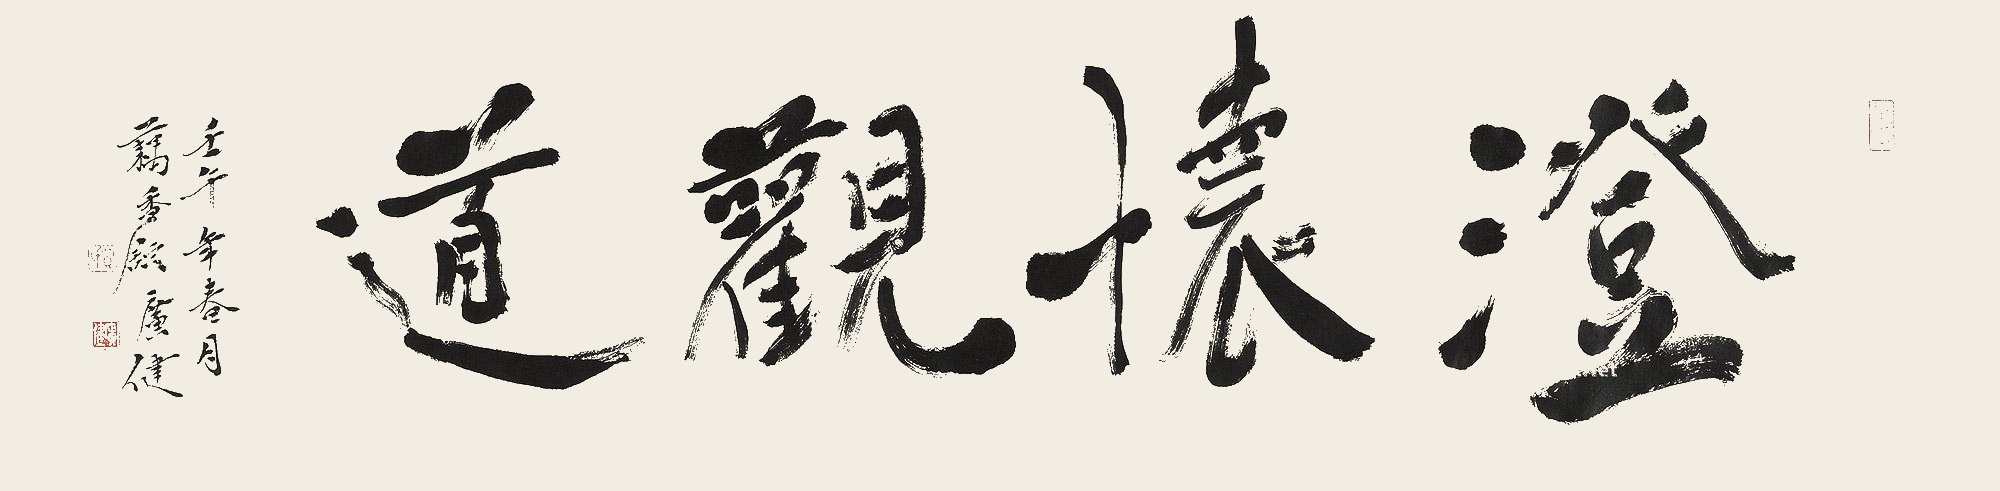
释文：澄怀观道壬午年春月，藕香馆广健。